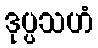
ဒုပ္ပသဟံ